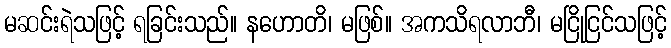
မဆင်းရဲသဖြင့် ရခြင်းသည်။ နဟောတိ၊ မဖြစ်။ အကသိရလာဘီ၊ မငြိုငြင်သဖြင့်